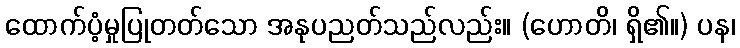
ထောက်ပံ့မှုပြုတတ်သော အနုပညတ်သည်လည်း။ (ဟောတိ၊ ရှိ၏။) ပန၊